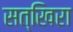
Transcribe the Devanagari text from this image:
सत्खिरा